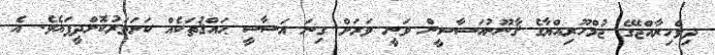
ދިވެހިރާއްޖޭގެ ޖުމްހޫރިއްޔާގެ ޤާނޫނުއަސާސީން ވަނީ ވަރަށް ގިނަ އަސާސީ ޙައްޤުތަކެއް ކަށަވަރުކޮށްދީފައެވެ. އެ